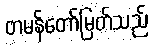
တမန်တော်မြတ်သည်